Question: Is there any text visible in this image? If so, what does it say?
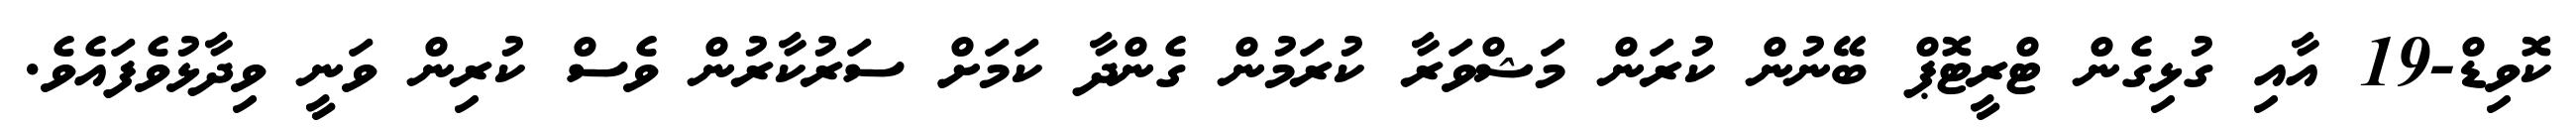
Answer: ކޮވިޑް-19 އާއި ގުޅިގެން ޓްރީޓޮޕް ބޭނުން ކުރަން މަޝްވަރާ ކުރަމުން ގެންދާ ކަމަށް ސަރުކާރުން ވެސް ކުރިން ވަނީ ވިދާޅުވެފައެވެ.